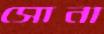
সোনা